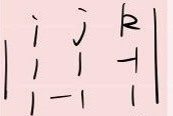
\begin{vmatrix}
i & j & k \\
1 & 1 & 1 \\
1 & -1 & 1
\end{vmatrix}